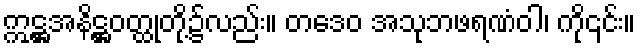
ဣဋ္ဌအနိဋ္ဌဝတ္ထုတို့၌လည်း။ တဒေဝ အသုဘဖရဏံဝါ၊ ကို၎င်း။